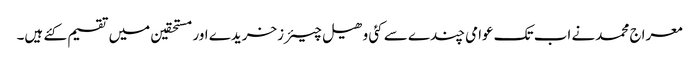
معراج محمدنے اب تک عوامی چندے سے کئی وھیل چیئرزخریدے اور مستحقین میں تقسیم کئے ہیں۔